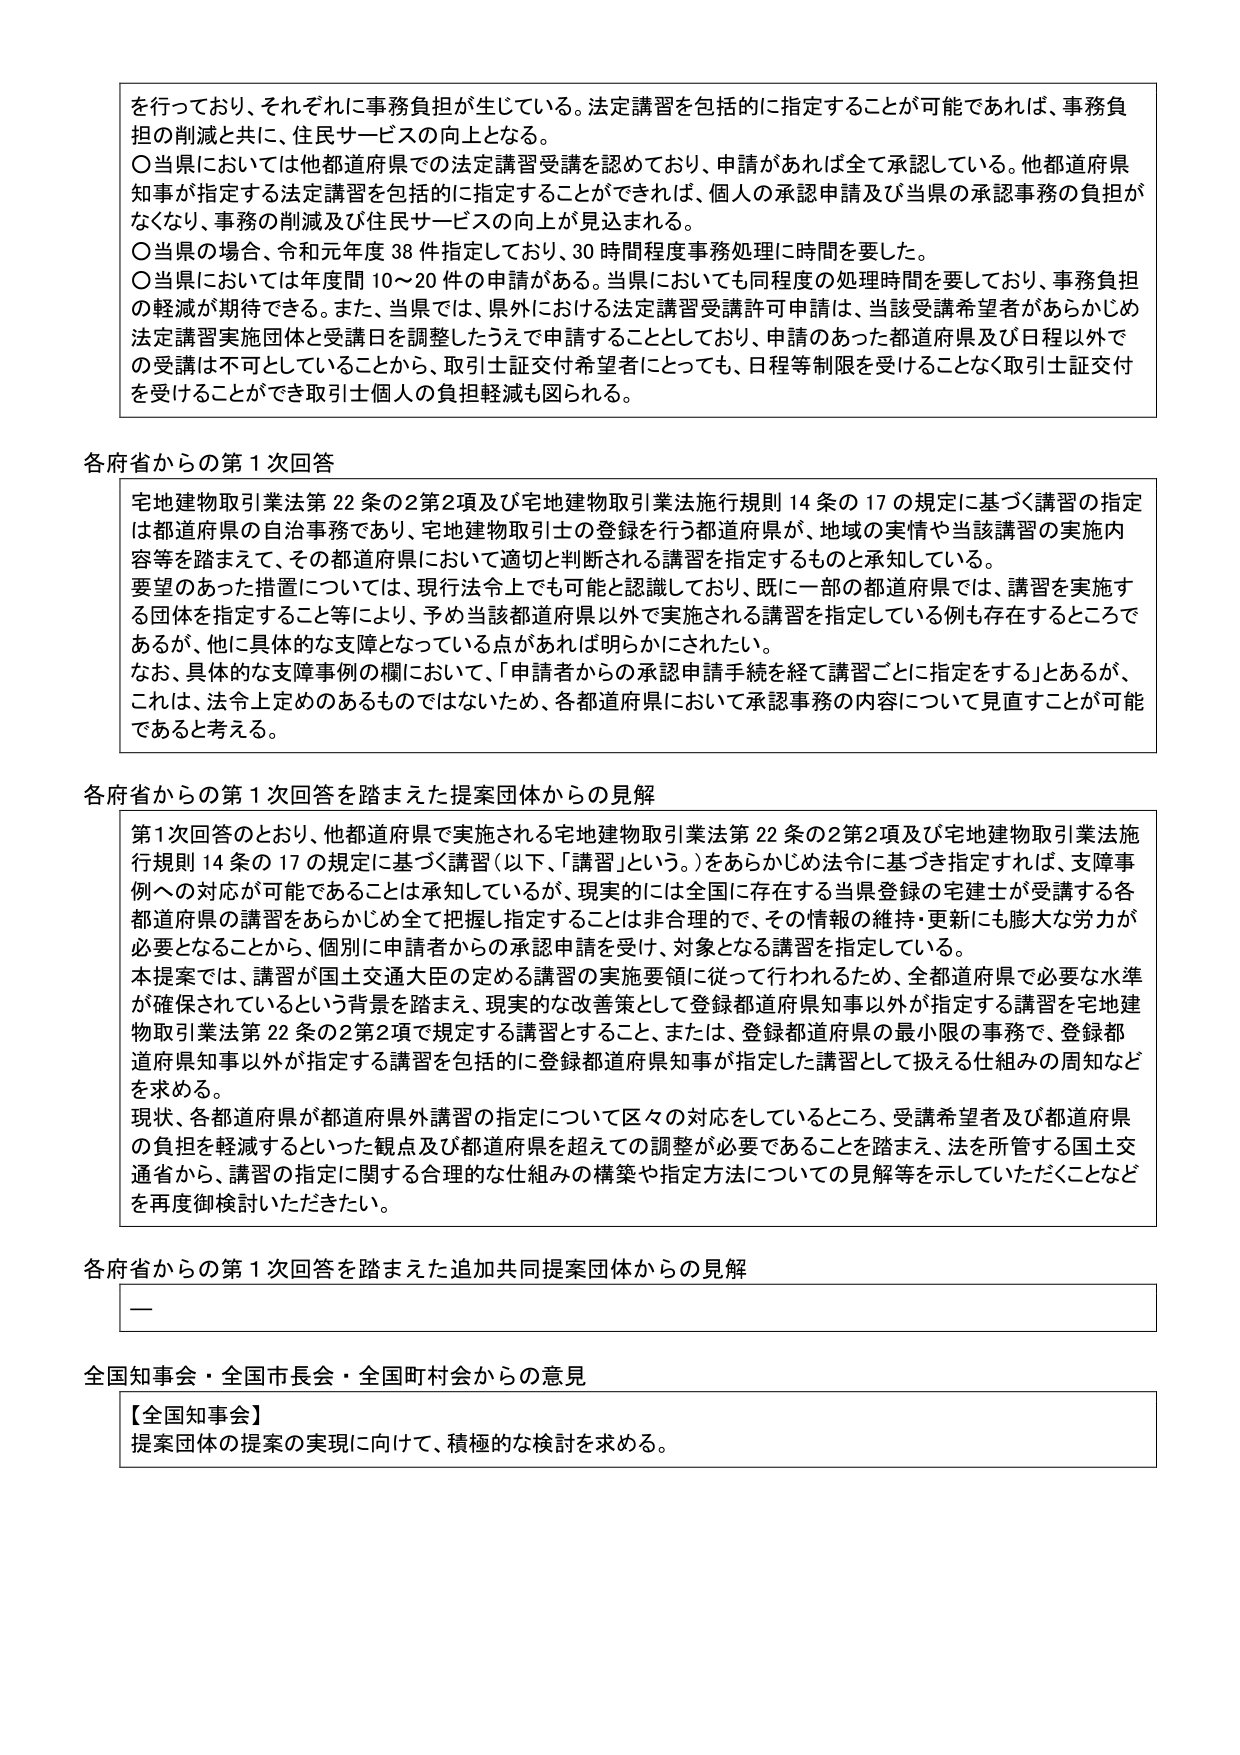
を行っており、それぞれに事務負担が生じている。法定講習を包括的に指定することが可能であれば、事務負担の削減と共に、住民サービスの向上となる。
〇当県においては他都道府県での法定講習受講を認めており、申請があれば全て承認している。他都道府県知事が指定する法定講習を包括的に指定することができれば、個人の承認申請及び当県の承認事務の負担がなくなり、事務の削減及び住民サービスの向上が見込まれる。
〇当県の場合、令和元年度38件指定しており、30時間程度事務処理に時間を要した。
〇当県においては年度間10～20件の申請がある。当県においても同程度の処理時間を要しており、事務負担の軽減が期待できる。また、当県では、県外における法定講習受講許可申請は、当該受講希望者があらかじめ法定講習実施団体と受講日を調整したうえで申請することとしており、申請のあった都道府県及び日程以外での受講は不可としていることから、取引士証交付希望者にとっても、日程等制限を受けることなく取引士証交付を受けることができる取引士個人の負担軽減も図られる。

各府省からの第1次回答
宅地建物取引業法第22条の2第2項及び宅地建物取引業法施行規則14条の17の規定に基づく講習の指定は都道府県の自治事務であり、宅地建物取引士の登録を行う都道府県が、地域の実情や当該講習の実施内容等を踏まえて、その都道府県において適切と判断される講習を指定するものと承知している。
要望のあった措置については、現行法令上でも可能と認識しており、既に一部の都道府県では、講習を実施する団体を指定すること等により、予め当該都道府県以外で実施される講習を指定している例も存在するところであるが、他に具体的な支障となっている点があれば明らかにされたい。
なお、具体的な支障事例の欄において、「申請者からの承認申請手続を経て講習ごとに指定をする」とあるが、これは、法令上定めのあるものではないため、各都道府県において承認事務の内容について見直すことが可能であると考える。

各府省からの第1次回答を踏まえた提案団体からの見解
第1次回答のとおり、他都道府県で実施される宅地建物取引業法第22条の2第2項及び宅地建物取引業法施行規則14条の17の規定に基づく講習（以下、「講習」という。）をあらかじめ法令に基づき指定すれば、支障事例への対応が可能であることは承知しているが、現実的には全国に存在する当県登録の宅建士が受講する各都道府県の講習をあらかじめ全て把握し指定することは非合理的で、その情報の維持・更新にも膨大な労力が必要となることから、個別に申請者からの承認申請を受け、対象となる講習を指定している。
本提案では、講習が国土交通大臣の定める講習の実施要領に従って行われるため、全都道府県で必要な水準が確保されているという背景を踏まえ、現実的な改善策として登録都道府県知事以外が指定する講習を宅地建物取引業法第22条の2第2項で規定する講習とすること、または、登録都道府県の最小限の事務で、登録都道府県知事以外が指定する講習を包括的に登録都道府県知事が指定した講習として扱える仕組みの周知などを求める。
現状、各都道府県が都道府県外講習の指定について区々の対応をしているところ、受講希望者及び都道府県の負担を軽減するといった観点及び都道府県を超えての調整が必要であることを踏まえ、法を所管する国土交通省から、講習の指定に関する合理的な仕組みの構築や指定方法についての見解等を示していただくことなどを再度御検討いただきたい。

各府省からの第1次回答を踏まえた追加共同提案団体からの見解
—

全国知事会・全国市長会・全国町村会からの意見
【全国知事会】
提案団体の提案の実現に向けて、積極的な検討を求める。